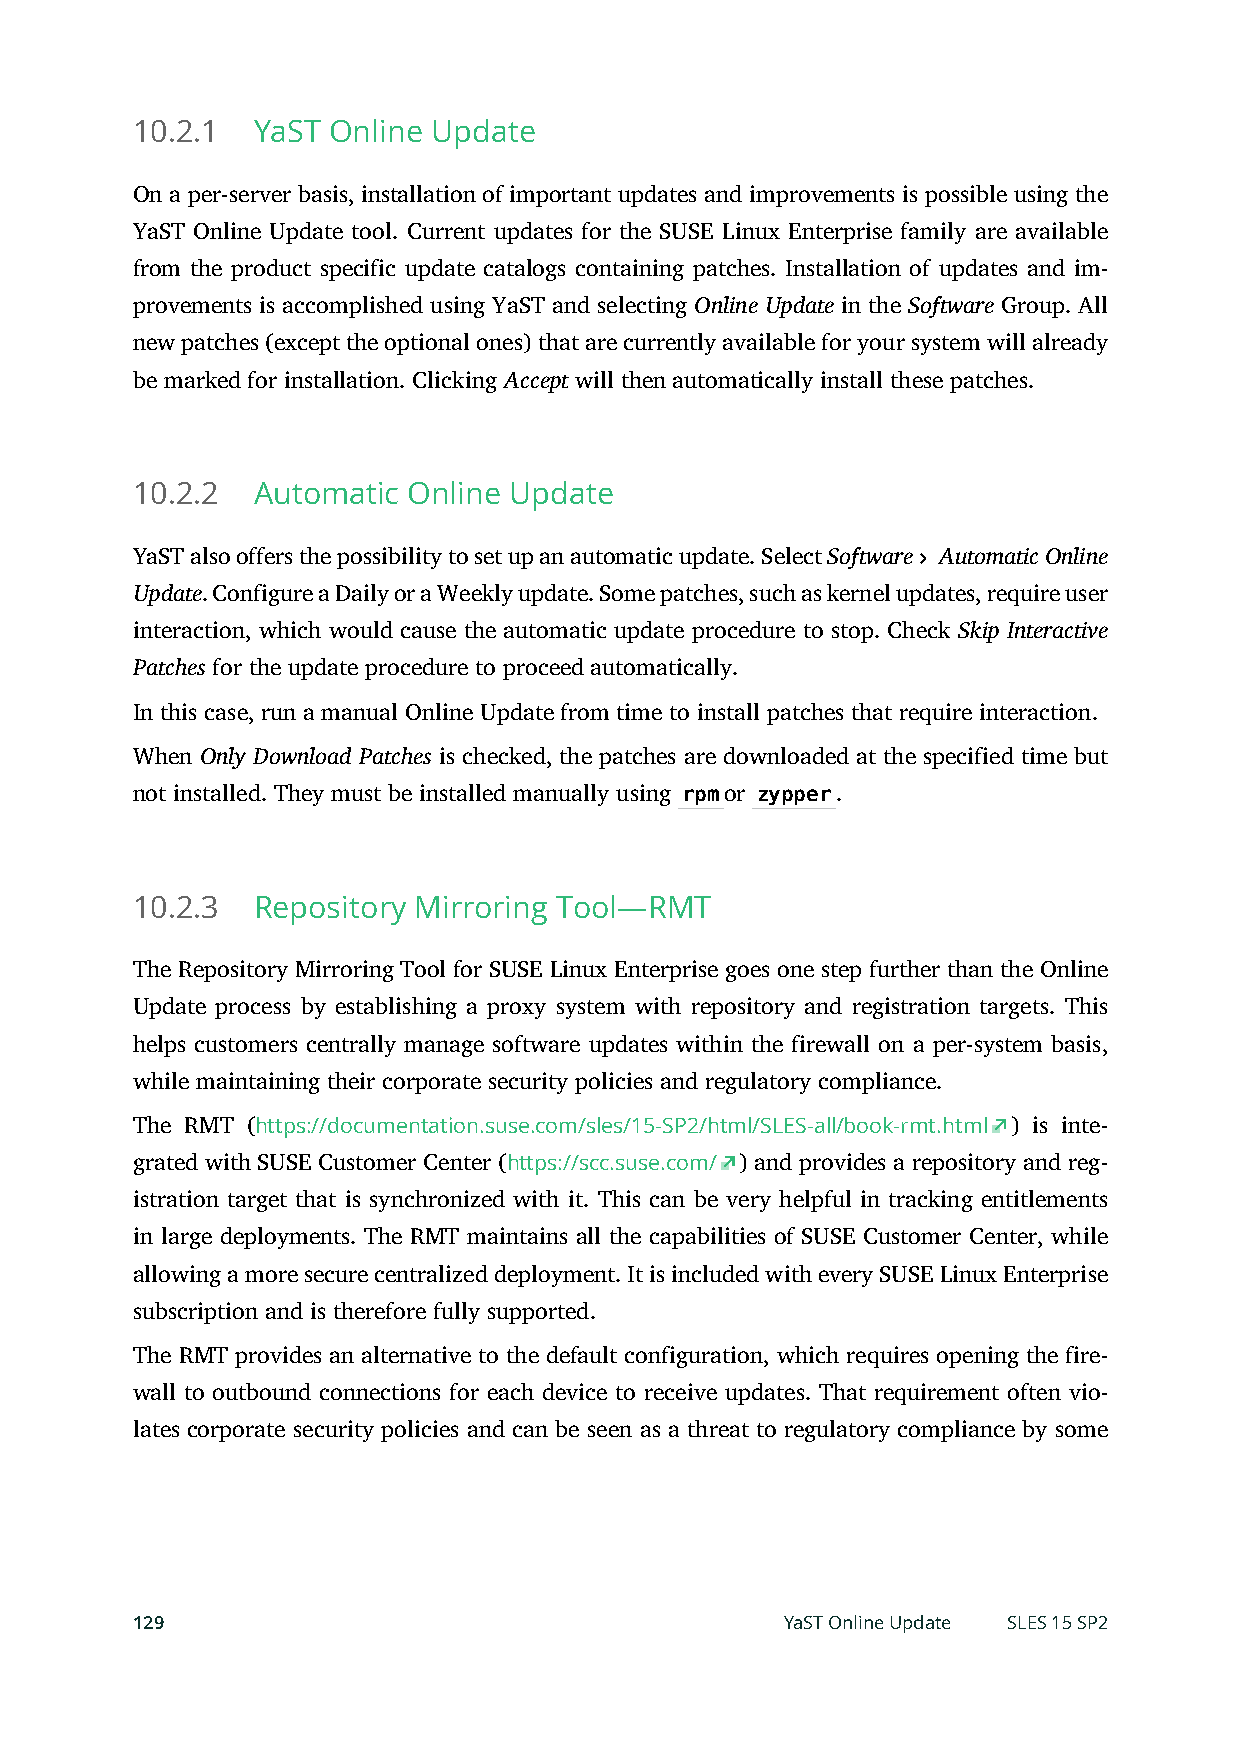
10.2.1  YaST Online Update
 On a per-server basis, installation of important updates and improvements is possible using the
 YaST Online Update tool. Current updates for the SUSE Linux Enterprise family are available
 from the product specific update catalogs containing patches. Installation of updates and im-
 provements is accomplished using YaST and selecting Online Update in the Software Group. All
 new patches (except the optional ones) that are currently available for your system will already
 be marked for installation. Clicking Accept will then automatically install these patches.
 10.2.2  Automatic Online Update
 YaST also offers the possibility to set up an automatic update. Select Software Automatic Online
 Update. Configure a Daily or a Weekly update. Some patches, such as kernel updates, require user
 interaction, which would cause the automatic update procedure to stop. Check Skip Interactive
 Patches for the update procedure to proceed automatically.
 In this case, run a manual Online Update from time to install patches that require interaction.
 When Only Download Patches is checked, the patches are downloaded at the specified time but
 not installed. They must be installed manually using rpmor zypper.
 10.2.3  Repository Mirroring Tool—RMT
 The Repository Mirroring Tool for SUSE Linux Enterprise goes one step further than the Online
 Update process by establishing a proxy system with repository and registration targets. This
 helps customers centrally manage software updates within the firewall on a per-system basis,
 while maintaining their corporate security policies and regulatory compliance.
 The RMT (https://documentation.suse.com/sles/15-SP2/html/SLES-all/book-rmt.html ) is inte-
 grated with SUSE Customer Center (https://scc.suse.com/ ) and provides a repository and reg-
 istration target that is synchronized with it. This can be very helpful in tracking entitlements
 in large deployments. The RMT maintains all the capabilities of SUSE Customer Center, while
 allowing a more secure centralized deployment. It is included with every SUSE Linux Enterprise
 subscription and is therefore fully supported.
 The RMT provides an alternative to the default configuration, which requires opening the fire-
 wall to outbound connections for each device to receive updates. That requirement often vio-
 lates corporate security policies and can be seen as a threat to regulatory compliance by some
 129                                        YaST Online Update SLES 15 SP2